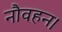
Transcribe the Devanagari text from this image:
नौवहन।